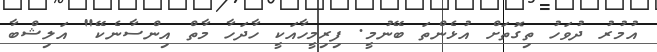
އުމުރު ދުވަހު ތިގޮތަށް އުޅެންތަ ބޭނުމީ. ފިރިމީހާއަކީ ހާދަހާ މާތް އިންސާނެކޭ" އަލިޝްބާ